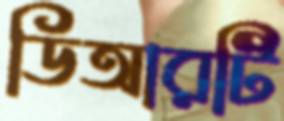
ডিআরটি